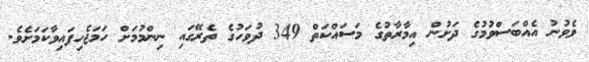
ވެވުނު އެއްބަސްވުމުގެ ދަށުން އިމާރާތުގެ މަސައްކަތް 349 ދުވަހުގެ ތެރޭގައި ނިންމުމަށް ހަމަޖެހިފައިވާކަމަށެވެ.